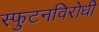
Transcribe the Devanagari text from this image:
स्‍फुटनविरोधी